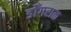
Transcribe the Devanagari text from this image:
डोँगराळ